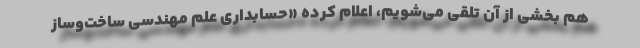
هم بخشی از آن تلقی می‌شویم، اعلام کرده «حسابداری علم مهندسی ساخت‌وساز